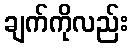
ချက်ကိုလည်း